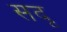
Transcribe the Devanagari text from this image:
सदृ